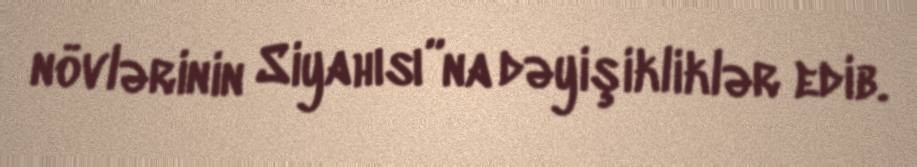
növlərinin Siyahısı”na dəyişikliklər edib.